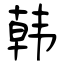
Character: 韩